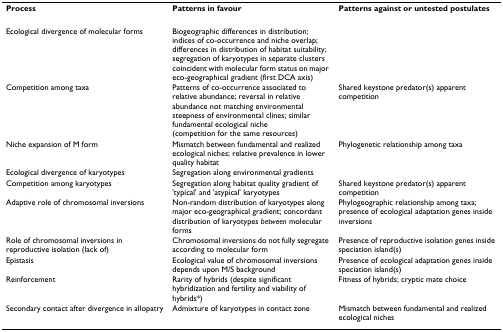
<table><thead><tr><td><b>Process</b></td><td><b>Patterns in favour</b></td><td><b>Patterns against or untested postulates</b></td></tr></thead><tbody><tr><td>Ecological divergence of molecular forms</td><td>Biogeographic differences in distribution; indices of co-occurrence and niche overlap; differences in distribution of habitat suitability; segregation of karyotypes in separate clusters coincident with molecular form status on major eco-geographical gradient (first DCA axis)</td><td></td></tr><tr><td>Competition among taxa</td><td>Patterns of co-occurrence associated to relative abundance; reversal in relative abundance not matching environmental steepness of environmental clines; similar fundamental ecological niche (competition for the same resources)</td><td>Shared keystone predator(s) apparent competition</td></tr><tr><td>Niche expansion of M form</td><td>Mismatch between fundamental and realized ecological niches; relative prevalence in lower quality habitat</td><td>Phylogenetic relationship among taxa</td></tr><tr><td>Ecological divergence of karyotypes</td><td>Segregation along environmental gradients</td><td></td></tr><tr><td>Competition among karyotypes</td><td>Segregation along habitat quality gradient of &#x27;typical&#x27; and &#x27;atypical&#x27; karyotypes</td><td>Shared keystone predator(s) apparent competition</td></tr><tr><td>Adaptive role of chromosomal inversions</td><td>Non-random distribution of karyotypes along major eco-geographical gradient; concordant distribution of karyotypes <i>between </i>molecular forms</td><td>Phylogeographic relationship among taxa; presence of ecological adaptation genes inside inversions</td></tr><tr><td>Role of chromosomal inversions in reproductive isolation (lack of)</td><td>Chromosomal inversions do not fully segregate according to molecular form</td><td>Presence of reproductive isolation genes inside speciation island(s)</td></tr><tr><td>Epistasis</td><td>Ecological value of chromosomal inversions depends upon M/S background</td><td>Presence of ecological adaptation genes inside speciation island(s)</td></tr><tr><td>Reinforcement</td><td>Rarity of hybrids (despite significant hybridization and fertility and viability of hybrids*)</td><td>Fitness of hybrids; cryptic mate choice</td></tr><tr><td>Secondary contact after divergence in allopatry</td><td>Admixture of karyotypes in contact zone</td><td>Mismatch between fundamental and realized ecological niches</td></tr></tbody></table>